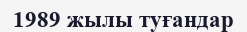
1989 жылы туғандар